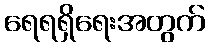
ရေရရှိရေးအတွက်